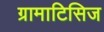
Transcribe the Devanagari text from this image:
ग्रामाटिसिज